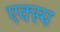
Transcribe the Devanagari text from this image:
एक्स्प